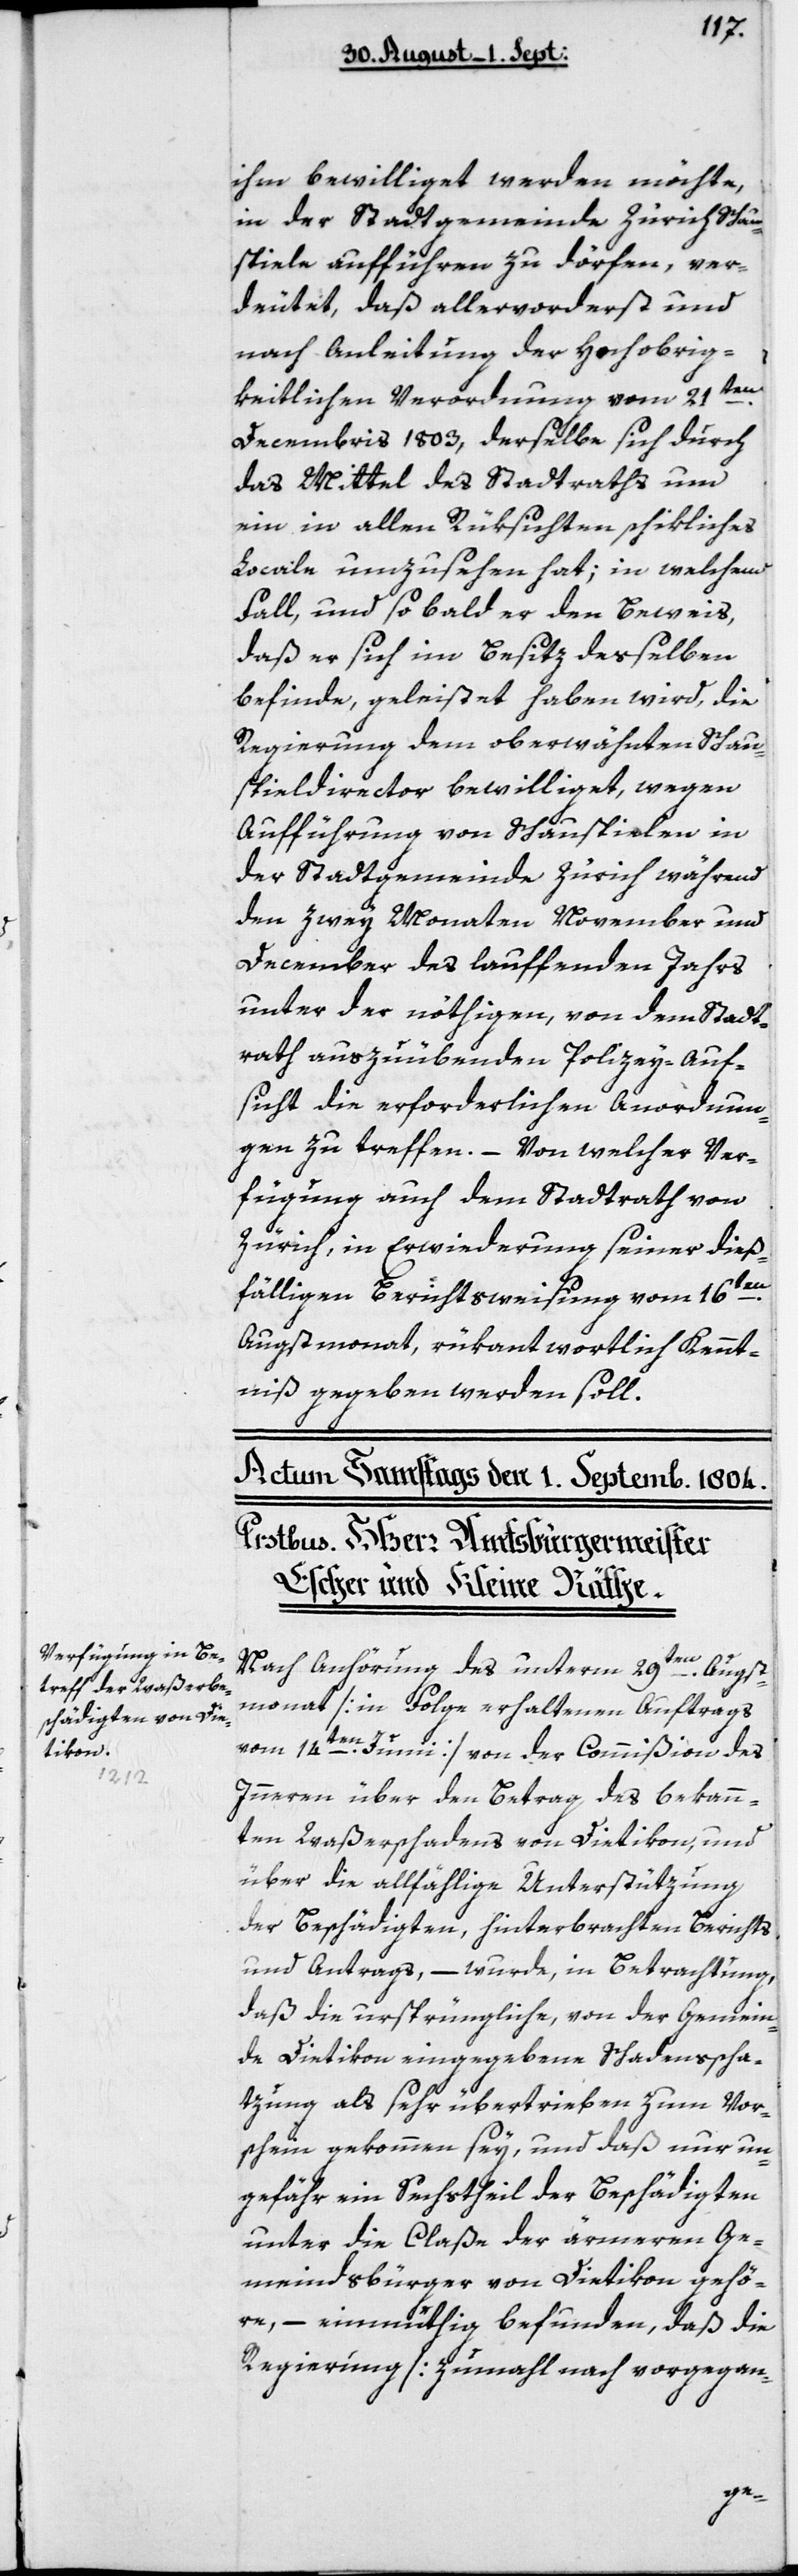
ihm bewilliget werden möchte,
in der Stadtgemeinde Zürich Schau¬
spiele aufführen zu dörfen, ver¬
deutet, daß allervorderst und
nach Anleitung der Hochobrig¬
keitlichen Verordnung vom 21ten
Decembris 1803, derselbe sich durch
das Mittel des Stadtraths um
ein in allen Rüksichten schikliches
Locale umzusehen hat; in welchem
Fall, und so bald er den Beweis,
daß er sich im Besiz desselben
befinde, geleistet haben wird, die
Regierung dem oberwähnten Schau¬
spieldirector bewilliget, wegen
Aufführung von Schauspielen in
der Stadtgemeinde Zürich während
den zwey Monaten November und
December des lauffenden Jahrs
unter der nöthigen, von dem Stadt¬
rath auszuübenden Policey-Auf¬
sicht die erforderlichen Anordnun¬
gen zu treffen. – Von welcher Ver¬
fügung auch dem Stadtrath von
Zürich, in Erwiederung seiner dieß¬
fälligen Berichtsweisung vom 16ten
Augstmonat, rükantwortlich Kennt¬
niß gegeben werden soll.
Nach Anhörung des unterm 29ten Augst¬
monat [in Folge erhaltenem Auftrags
vom 14ten Junii] von der Commißion des
Innern über den Betrag des bekann¬
ten Waßerschadens von Dietikon, und
über die allfällige Unterstüzung
der Beschädigten, hinterbrachten Berichts
und Antrags, – wurde, in Betrachtung,
daß die ursprüngliche, von der Gemein¬
de Dietikon eingegebene Schadensscha¬
tzung als sehr übertrieben zum Vor¬
schein gekommen sey, und daß nur un¬
gefähr ein Sechstheil der Beschädigten
unter die Claße der ärmeren Ge¬
meindsbürger von Dietikon gehö¬
re, – einmüthig befunden, daß die
Regierung [zumahl nach vor-